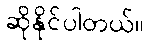
ဆိုနိုင်ပါတယ်။